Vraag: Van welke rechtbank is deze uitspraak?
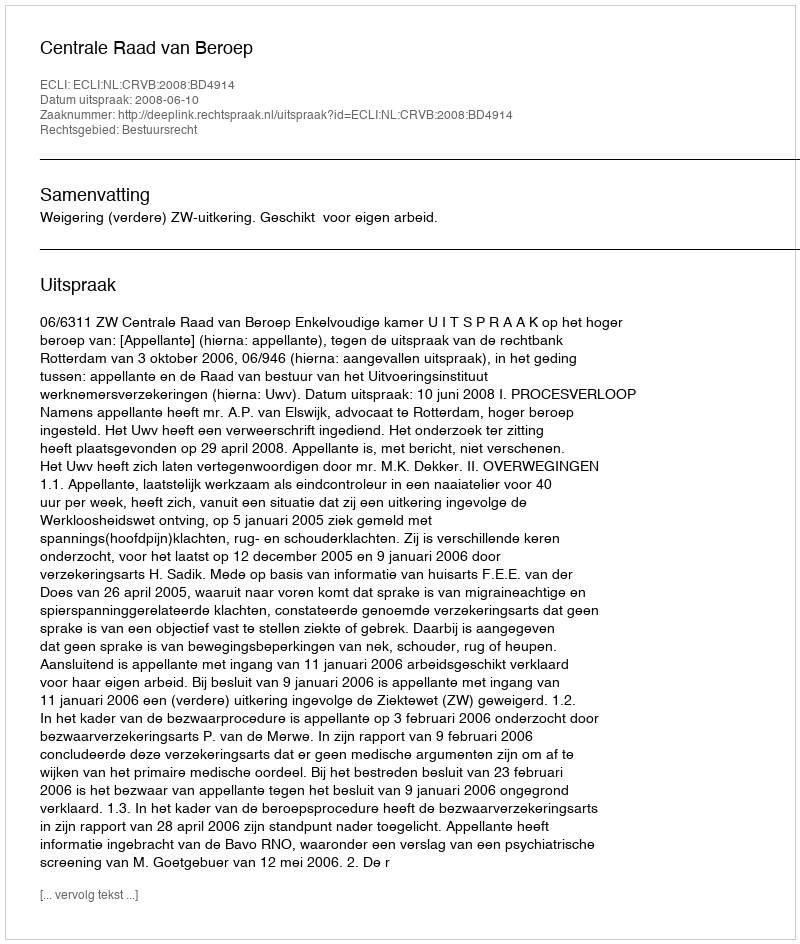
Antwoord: Centrale Raad van Beroep